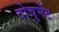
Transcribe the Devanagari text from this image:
दोचुमेंट